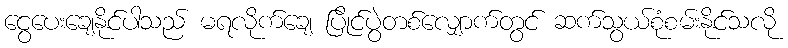
ငွေပေးချေနိုင်ပါသည် မရလိုက်ချေ ပြိုင်ပွဲတစ်လျှောက်တွင် ဆက်သွယ်စုံစမ်းနိုင်သလို